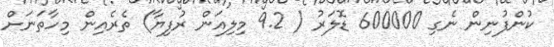
ކުންފުނިން ނެގި 600000 ޑޮލަރު ( 9.2 މިލިއަން ރުފިޔާ) ތެރެއިން މިހާތަނަށް